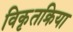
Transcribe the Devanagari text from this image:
विकृतक्रिया